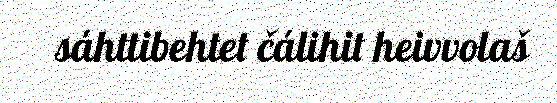
sáhttibehtet čálihit heivvolaš